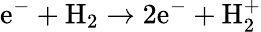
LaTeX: \textrm{e}^{-}+\textrm{H}_{2}\rightarrow 2\textrm{e}^{-}+\textrm{H}_{2}^{+}